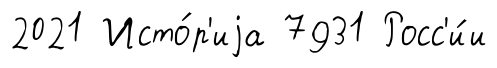
2021 Исто́р'иjа 7931 Росс'и́и